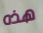
هذه